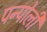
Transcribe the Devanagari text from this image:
पन्पोली